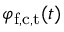
\varphi _ { \mathrm { f , c , t } } ( t )